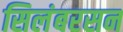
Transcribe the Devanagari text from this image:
सिलंबरसन